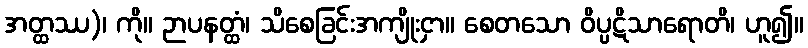
အတ္ထဿ)၊ ကို။ ဉာပနတ္ထံ၊ သိစေခြင်းအကျိုးငှာ။ စေတသော ဝိပ္ပဋိသာရောတိ၊ ဟူ၍။